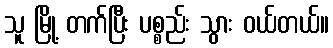
သူ မြို့ တက်ပြီး ပစ္စည်း သွား ဝယ်တယ်။